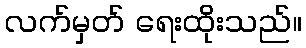
လက်မှတ် ရေးထိုးသည်။